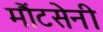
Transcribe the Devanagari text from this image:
मौंटसेनी